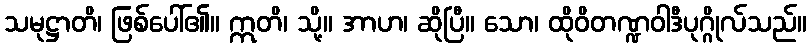
သမုဋ္ဌာတိ၊ ဖြစ်ပေါ်၏။ ဣတိ၊ သို့။ အာဟ၊ ဆိုပြီ။ သော၊ ထိုဝိတဏ္ဍဝါဒီပုဂ္ဂိုလ်သည်။